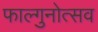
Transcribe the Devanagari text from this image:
फाल्गुनोत्सव